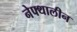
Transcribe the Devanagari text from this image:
नेफ्थालीन